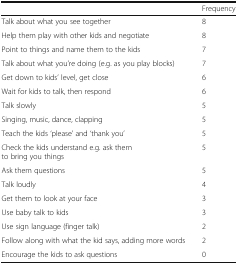
<table><thead><tr><td></td><td><b>Frequency</b></td></tr></thead><tbody><tr><td>Talk about what you see together</td><td>8</td></tr><tr><td>Help them play with other kids and negotiate</td><td>8</td></tr><tr><td>Point to things and name them to the kids</td><td>7</td></tr><tr><td>Talk about what you’re doing (e.g. as you play blocks)</td><td>7</td></tr><tr><td>Get down to kids’ level, get close</td><td>6</td></tr><tr><td>Wait for kids to talk, then respond</td><td>6</td></tr><tr><td>Talk slowly</td><td>5</td></tr><tr><td>Singing, music, dance, clapping</td><td>5</td></tr><tr><td>Teach the kids ‘please’ and ‘thank you’</td><td>5</td></tr><tr><td>Check the kids understand e.g. ask them to bring you things</td><td>5</td></tr><tr><td>Ask them questions</td><td>5</td></tr><tr><td>Talk loudly</td><td>4</td></tr><tr><td>Get them to look at your face</td><td>3</td></tr><tr><td>Use baby talk to kids</td><td>3</td></tr><tr><td>Use sign language (finger talk)</td><td>2</td></tr><tr><td>Follow along with what the kid says, adding more words</td><td>2</td></tr><tr><td>Encourage the kids to ask questions</td><td>0</td></tr></tbody></table>